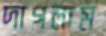
দাগলাম